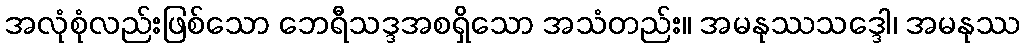
အလုံစုံလည်းဖြစ်သော ဘေရီသဒ္ဒအစရှိသော အသံတည်း။ အမနုဿသဒ္ဒေါ၊ အမနုဿ